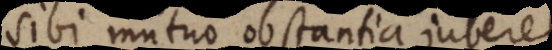
sibi mutuo obstantia juberet,